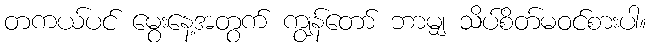
တကယ်ပင် မွေးနေ့အတွက် ကျွန်တော် ဘာမျှ သိပ်စိတ်မဝင်စားပါ။